Annual administration report of the Civil Veterinary Department, Ajmere-Merwara, British Rajputana - 1914-1940
Year: 1914
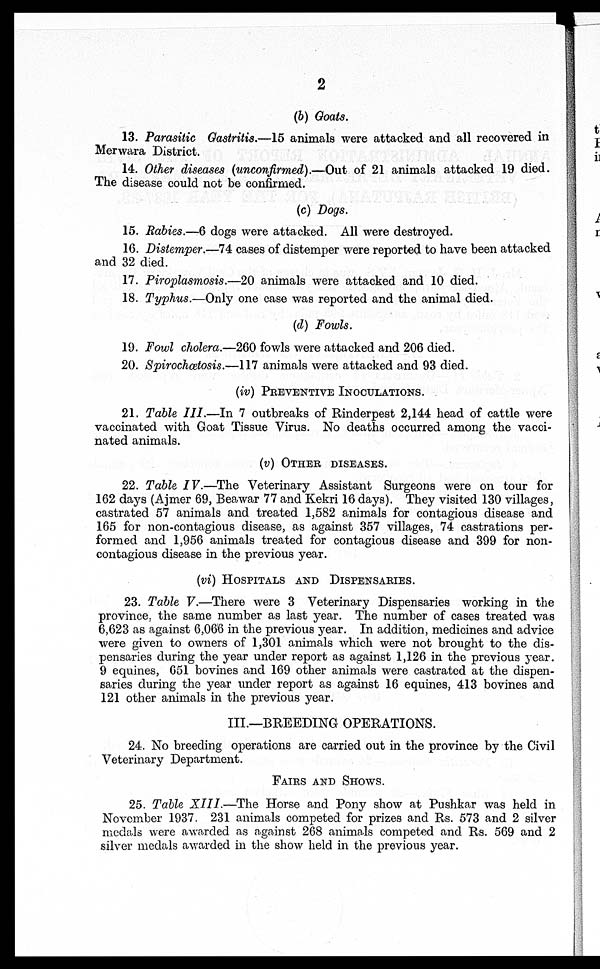
2
(b) Goats.
13. Parasitic Gastritis.—15 animals were attacked and all recovered in
Merwara District.
14. Other diseases (unconfirmed).—Out of 21 animals attacked 19 died.
The disease could not be confirmed.
(c) Dogs.
15. Rabies.—6 dogs were attacked. All were destroyed.
16. Distemper.—74 cases of distemper were reported to have been attacked
and 32 died.
17. Piroplasmosis.—20 animals were attacked and 10 died.
18. Typhus.—Only one case was reported and the animal died.
(d) Fowls.
19. Fowl cholera.—260 fowls were attacked and 206 died.
20. Spirochœtosis.—117 animals were attacked and 93 died.
(iv) PREVENTIVE INOCULATIONS.
21. Table III.—In 7 outbreaks of Rinderpest 2,144 head of cattle were
vaccinated with Goat Tissue Virus. No deaths occurred among the vacci-
nated animals.
(v) OTHER DISEASES.
22. Table IV.—The Veterinary Assistant Surgeons were on tour for
162 days (Ajmer 69, Beawar 77 and Kekri 16 days). They visited 130 villages,
castrated 57 animals and treated 1,582 animals for contagious disease and
165 for non-contagious disease, as against 357 villages, 74 castrations per-
formed and 1,956 animals treated for contagious disease and 399 for non-
contagious disease in the previous year.
(vi) HOSPITALS AND DISPENSARIES.
23. Table V.—There were 3 Veterinary Dispensaries working in the
province, the same number as last year. The number of cases treated was
6,623 as against 6,066 in the previous year. In addition, medicines and advice
were given to owners of 1,301 animals which were not brought to the dis-
pensaries during the year under report as against 1,126 in the previous year.
9 equines, 651 bovines and 169 other animals were castrated at the dispen-
saries during the year under report as against 16 equines, 413 bovines and
121 other animals in the previous year.
III.—BREEDING OPERATIONS.
24. No breeding operations are carried out in the province by the Civil
Veterinary Department.
FAIRS AND SHOWS.
25. Table XIII.—The Horse and Pony show at Pushkar was held in
November 1937. 231 animals competed for prizes and Rs. 573 and 2 silver
medals were awarded as against 268 animals competed and Rs. 569 and 2
silver medals awarded in the show held in the previous year.